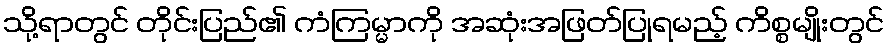
သို့ရာတွင် တိုင်းပြည်၏ ကံကြမ္မာကို အဆုံးအဖြတ်ပြုရမည့် ကိစ္စမျိုးတွင်